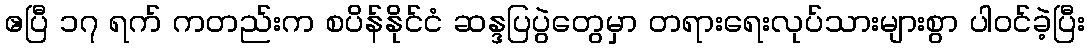
ဧပြီ ၁၇ ရက် ကတည်းက စပိန်နိုင်ငံ ဆန္ဒပြပွဲတွေမှာ တရားရေးလုပ်သားများစွာ ပါဝင်ခဲ့ပြီး